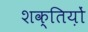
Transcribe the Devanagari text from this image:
शक्तिय़ों